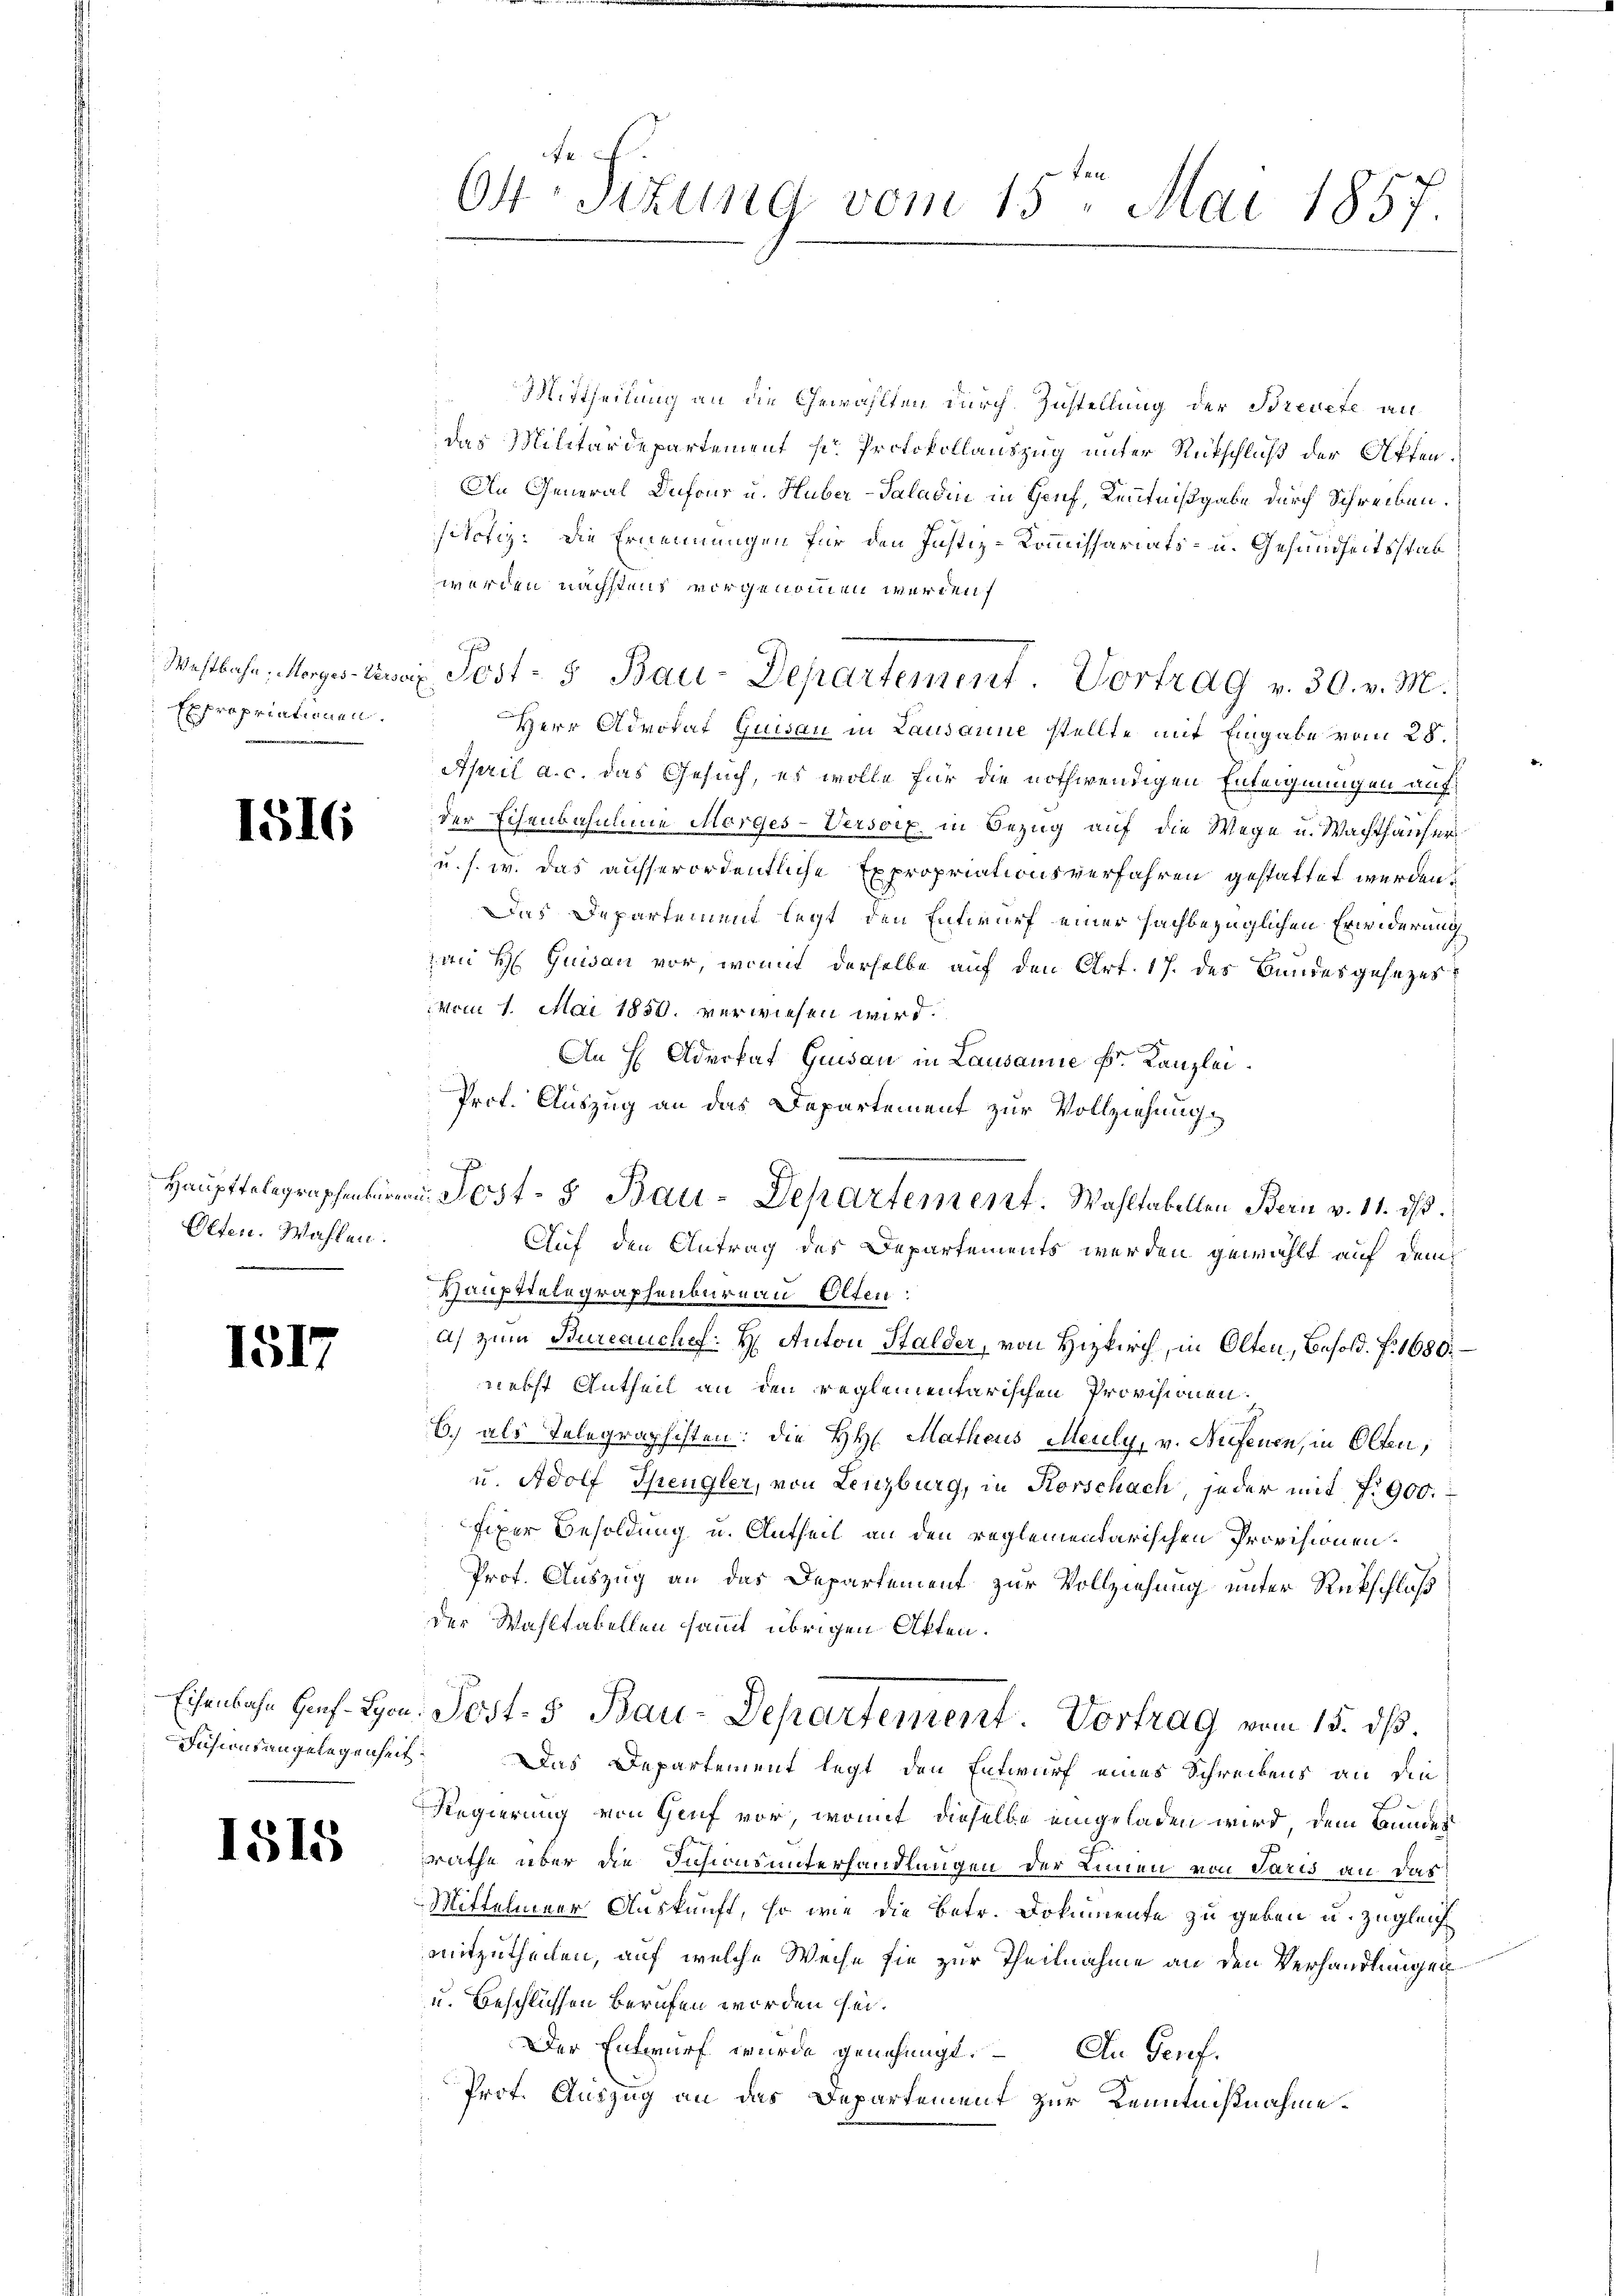
Expropriationen.

1516

Olten. Wahlen.

1817

Fusionsangelegenheit

1515

Mittheilung an die Gewählten durch Zustellung der Brevete an
das Militärdepartement sr. Protokollauszug unter Rütschluß der Akten.
An General Dufons u. Huber-Saladin in Genf, Kenntnißgabe durch Schreiben.
sitätig. Die Ernennungen für den Justiz-Commissariats- u. Gesundheitsstab
werden nächstens mir genommen werden

Westbahn, Morgester Post- & Bau-Departement. Vortrag v. 30. v. M.
Herr Advokat Quisau in Lausanne stellte mit Eingabe vom 28.
April a. c. das Gesuch, es wolle für die nothwendigen Enteignungen auf
der Eisenbahnung Morges-Versorf in Bezug auf die Wege u. Wachthäuser
u. s. w. das ausserordentliche Expropriationsverfahren gestattet werden.
Das Departement legt, den Entwurf einer sachbezüglichen Erwiderung
zwei H. Quisau vor, womit derselbe auf den Art. 17. des Bundesgesezes
vom 1. Mai 1850. verwiesen wird.
An H Advokat Quisau in Lausanne Fr. Kanzlei.
Prot. Auszug an das Departement zur Vollziehung
Auf den Antrag des Departements werden gewählt auf dem
Haupttelegraphenbureau Olten:
a) zum Bureauchef: H: Anton Halder, von Hizkirch, in Olten, Besold. f. 1680.
nebst Antheil an den reglementarischen Provisionen
6.) als Telegraphisten: die HH. Matheus Meuly, v. Neffenen, in Olten,
u. Adolf Spengler, von Lenzburg, in Korschach, jeder mit 7. 900.
fixer Besoldung u. Antheil an den reglementarischen Provisionen.
Prof. Auszug an das Departement zur Vollziehung unter Rückschluß
der Wahltabellen sammt übrigen Akten.
Eisenbahn Hans Hrn. Post- 5 Bau-Departement. Vortrag vom 15. dß.
Das Departement legt den Entwurf eines Schreibens an die
x
Regierung von Genf vor, womit dieselbe eingeladen wird, dem Bundes
rathe über die Insionsunterhandlungen der Linien von Paris an das
Mittelmeer Auskunft, so wie die Betr. Dokumente zu geben u. zugleich
mitzutheilen, auf welche Weise sie zur Theilnahme an den Verhandlungen
u. Beschlüssen berufen worden sei.
Der Entwurf wurde genehmigt. An Genf.
Prof. Auszug an das Departement zur Kenntnißnahme¬

f
64. Sitzung vom 15. Mai 1857

Haupttelegraphenbüren Post- & Bau-Departement. Wahltabellen Bern v. 11. ds.